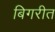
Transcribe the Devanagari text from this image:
बिगरीत